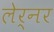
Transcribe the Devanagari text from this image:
लेर्नर